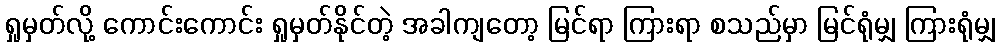
ရှုမှတ်လို့ ကောင်းကောင်း ရှုမှတ်နိုင်တဲ့ အခါကျတော့ မြင်ရာ ကြားရာ စသည်မှာ မြင်ရုံမျှ ကြားရုံမျှ